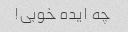
چه ایده خوبی!